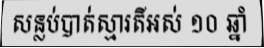
សន្លប់បាត់ស្មារតីអស់ ១០ ឆ្នាំ